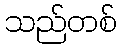
သည်တစ်